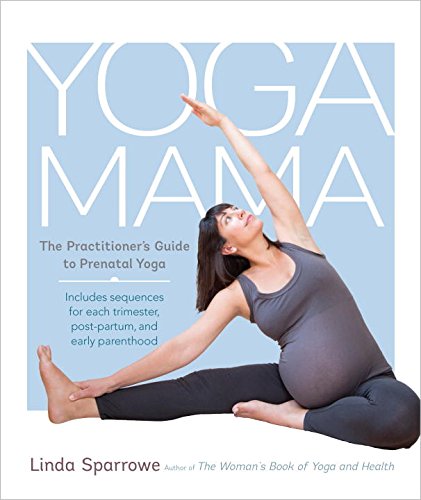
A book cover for Yoga Mama: The Practitioner's Guide to Prenatal Yoga; Linda Sparrowe; Health, Fitness & Dieting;